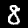
Label: 8